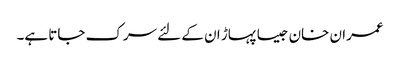
عمران خان جیسا پہاڑ ان کے لئے سرک جاتا ہے۔